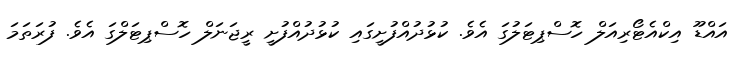
އައްޑޫ އިކްއެޓޯރިއަލް ހޮސްޕިޓަލުގަ އެވެ. ކުޅުދުއްފުށީގައި ކުޅުދުއްފުށީ ރީޖަނަލް ހޮސްޕިޓަލްގަ އެވެ. ފުރަތަމަ